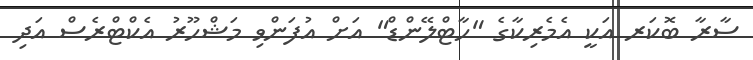
ސާރާ ބޮކަރ އަކީ އެމެރިކާގެ "ހާޓްލޭންޑް" އަށް އުފަންވި މަޝްހޫރު އެކްޓްރެސް އަދި